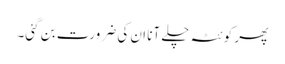
پھر کوئٹہ چلے آنا ان کی ضرورت بن گئی۔